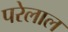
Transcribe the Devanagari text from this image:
परेलाल